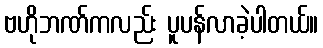
ဗဟိုဘဏ်ကလည်း ပူပန်လာခဲ့ပါတယ်။